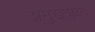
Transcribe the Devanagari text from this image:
प्रमुखशब्द